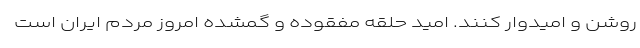
روشن و امیدوار کنند. امید حلقه مفقوده و گمشده امروز مردم ایران است